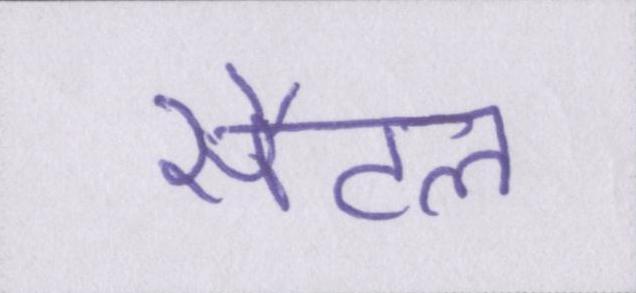
सैटल